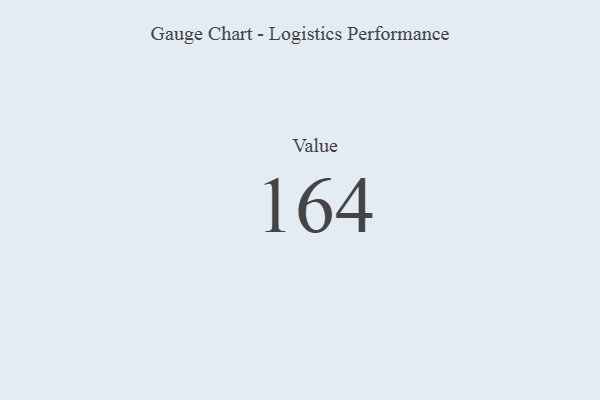
{"axis": {"x": "Metric", "y": "Value"}, "legend": [""], "data": [{"x": "Value", "y": 164, "type": ""}]}